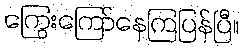
ကြွေးကြော်နေကြပြန်ပြီ။